Scientific memoirs by medical officers of the Army of India - Part V,
Year: 1890
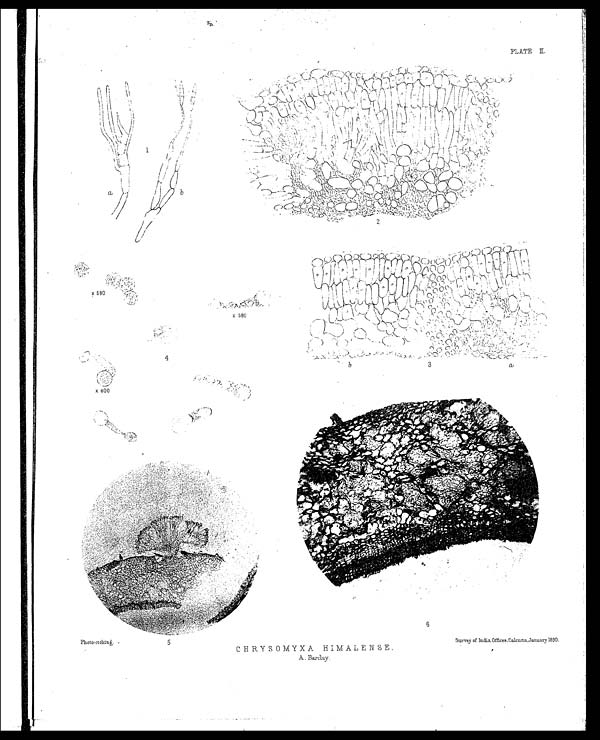
PLATE II.
Photo-etching.
CHRYSOMYXA HIMALENSE.
A. Barclay.
Survey of India Offices. Calcutta, January 1890.